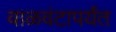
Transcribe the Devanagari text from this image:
वाळवंटापर्यंत